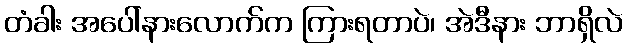
တံခါး အပေါ်နားလောက်က ကြားရတာပဲ၊ အဲဒီနား ဘာရှိလဲ